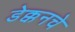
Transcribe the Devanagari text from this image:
डेक्कनचे